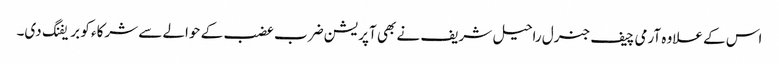
اس کے علاوہ آرمی چیف جنرل راحیل شریف نے بھی آپریشن ضرب عضب کے حوالے سے شرکاء کو بریفنگ دی۔